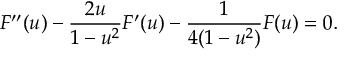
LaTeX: F ^ { \prime \prime } ( u ) - \frac { 2 u } { 1 - u ^ { 2 } } F ^ { \prime } ( u ) - \frac { 1 } { 4 ( 1 - u ^ { 2 } ) } F ( u ) = 0 .